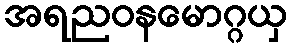
အရညဝနမောဂ္ဂယှ